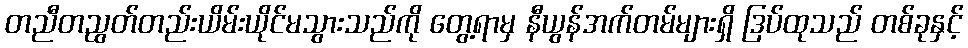
တညီတညွတ်တည်းယိမ်းယိုင်မသွားသည်ကို တွေ့ရာမှ နီယွန်အက်တမ်များရှိ ဒြပ်ထုသည် တစ်ခုနှင့်